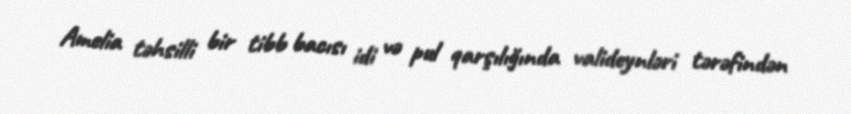
Amelia təhsilli bir tibb bacısı idi və pul qarşılığında valideynləri tərəfindən